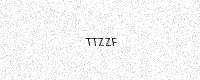
Text: TTZZF